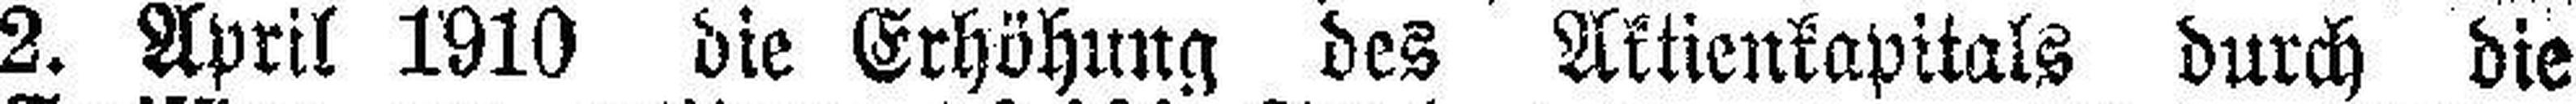
2. April 1910 die Erhöhung des Aktienkapitals durch die